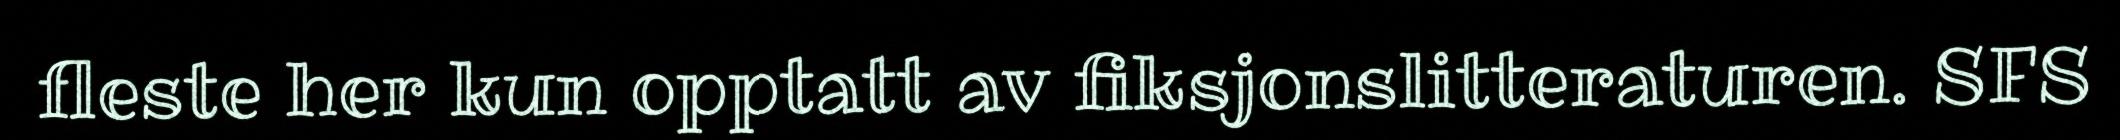
fleste her kun opptatt av fiksjonslitteraturen. SFS